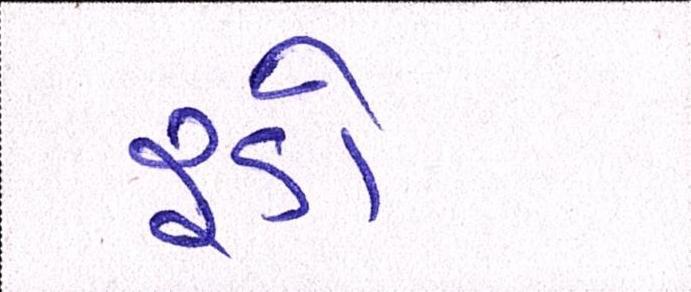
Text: રૂડો